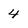
Character: 4